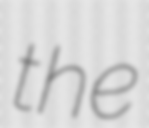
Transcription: the